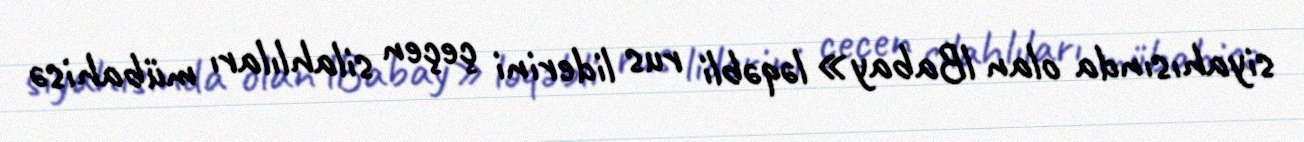
siyahısında olan lBabay» ləqəbli rus liderini çeçen silahlıları mübahisə